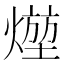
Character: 𤍣